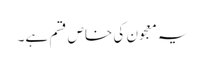
یہ معجون کی خاص قسم ہے۔